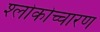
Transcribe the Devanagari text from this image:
श्लोकोच्चारण